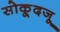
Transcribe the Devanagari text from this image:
सोकूदजू